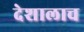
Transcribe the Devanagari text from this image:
देशालाच